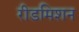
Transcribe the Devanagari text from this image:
रीडमिशन